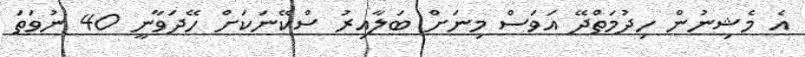
އެ މެޝިނުން ހިދުމަތްދޭ އަވަސް މިނަށް ބަލާއިރު ސްކޭނަކަށް ހޭދަވާނީ 40 ނުވަތަ